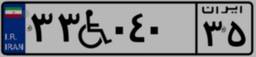
۳۳W۰۴۰۳۵